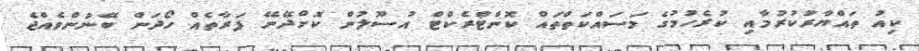
ކިއު ތައްޔާރުކުރުމާއި ކުރެހުމުގެ މަސައްކަތްތައް ކޮންޓްރެކްޓް އުސޫލުން ކޮށްދޭނޭ ފަރާތެއް ހޯދަން ބޭނުންވެއްޖެ